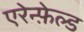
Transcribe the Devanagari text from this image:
एरेन्फ़ेल्ड